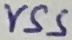
Text: VSS